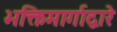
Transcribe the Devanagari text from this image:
भक्तिमार्गाद्वारे